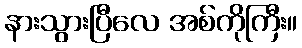
နားသွားပြီလေ အစ်ကိုကြီး။